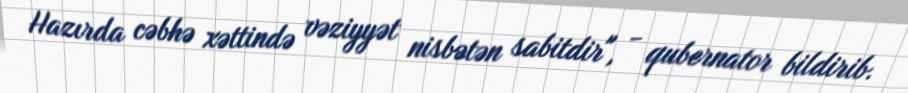
Hazırda cəbhə xəttində vəziyyət nisbətən sabitdir", - qubernator bildirib.